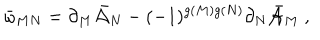
\bar { \omega } _ { M N } = \partial _ { M } \bar { \cal { A } } _ { N } - ( - 1 ) ^ { g ( M ) g ( N ) } \partial _ { N } \bar { \cal { A } } _ { M } \ ,